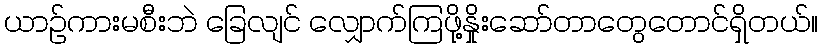
ယာဉ်ကားမစီးဘဲ ခြေလျင် လျှောက်ကြဖို့နှိုးဆော်တာတွေတောင်ရှိတယ်။